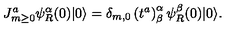
J _ { m \ge 0 } ^ { a } \psi _ { R } ^ { \alpha } ( 0 ) | 0 \rangle = \delta _ { m , 0 } \left( t ^ { a } \right) _ { \beta } ^ { \alpha } \psi _ { R } ^ { \beta } ( 0 ) | 0 \rangle .